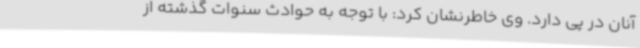
آنان در پی دارد. وی خاطرنشان کرد: با توجه به حوادث سنوات گذشته از